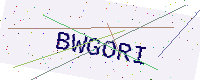
Text: BWGORI